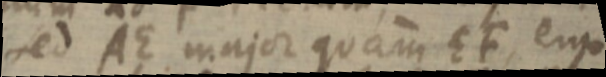
sed AE major quam EF, ergo